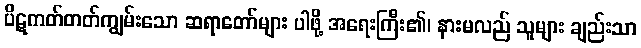
ပိဋကတ်တတ်ကျွမ်းသော ဆရာတော်များ ပါဖို့ အရေးကြီး၏၊ နားမလည် သူများ ချည်းသာ